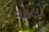
વહલો